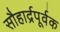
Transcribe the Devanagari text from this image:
सौहार्द्रपूर्वक